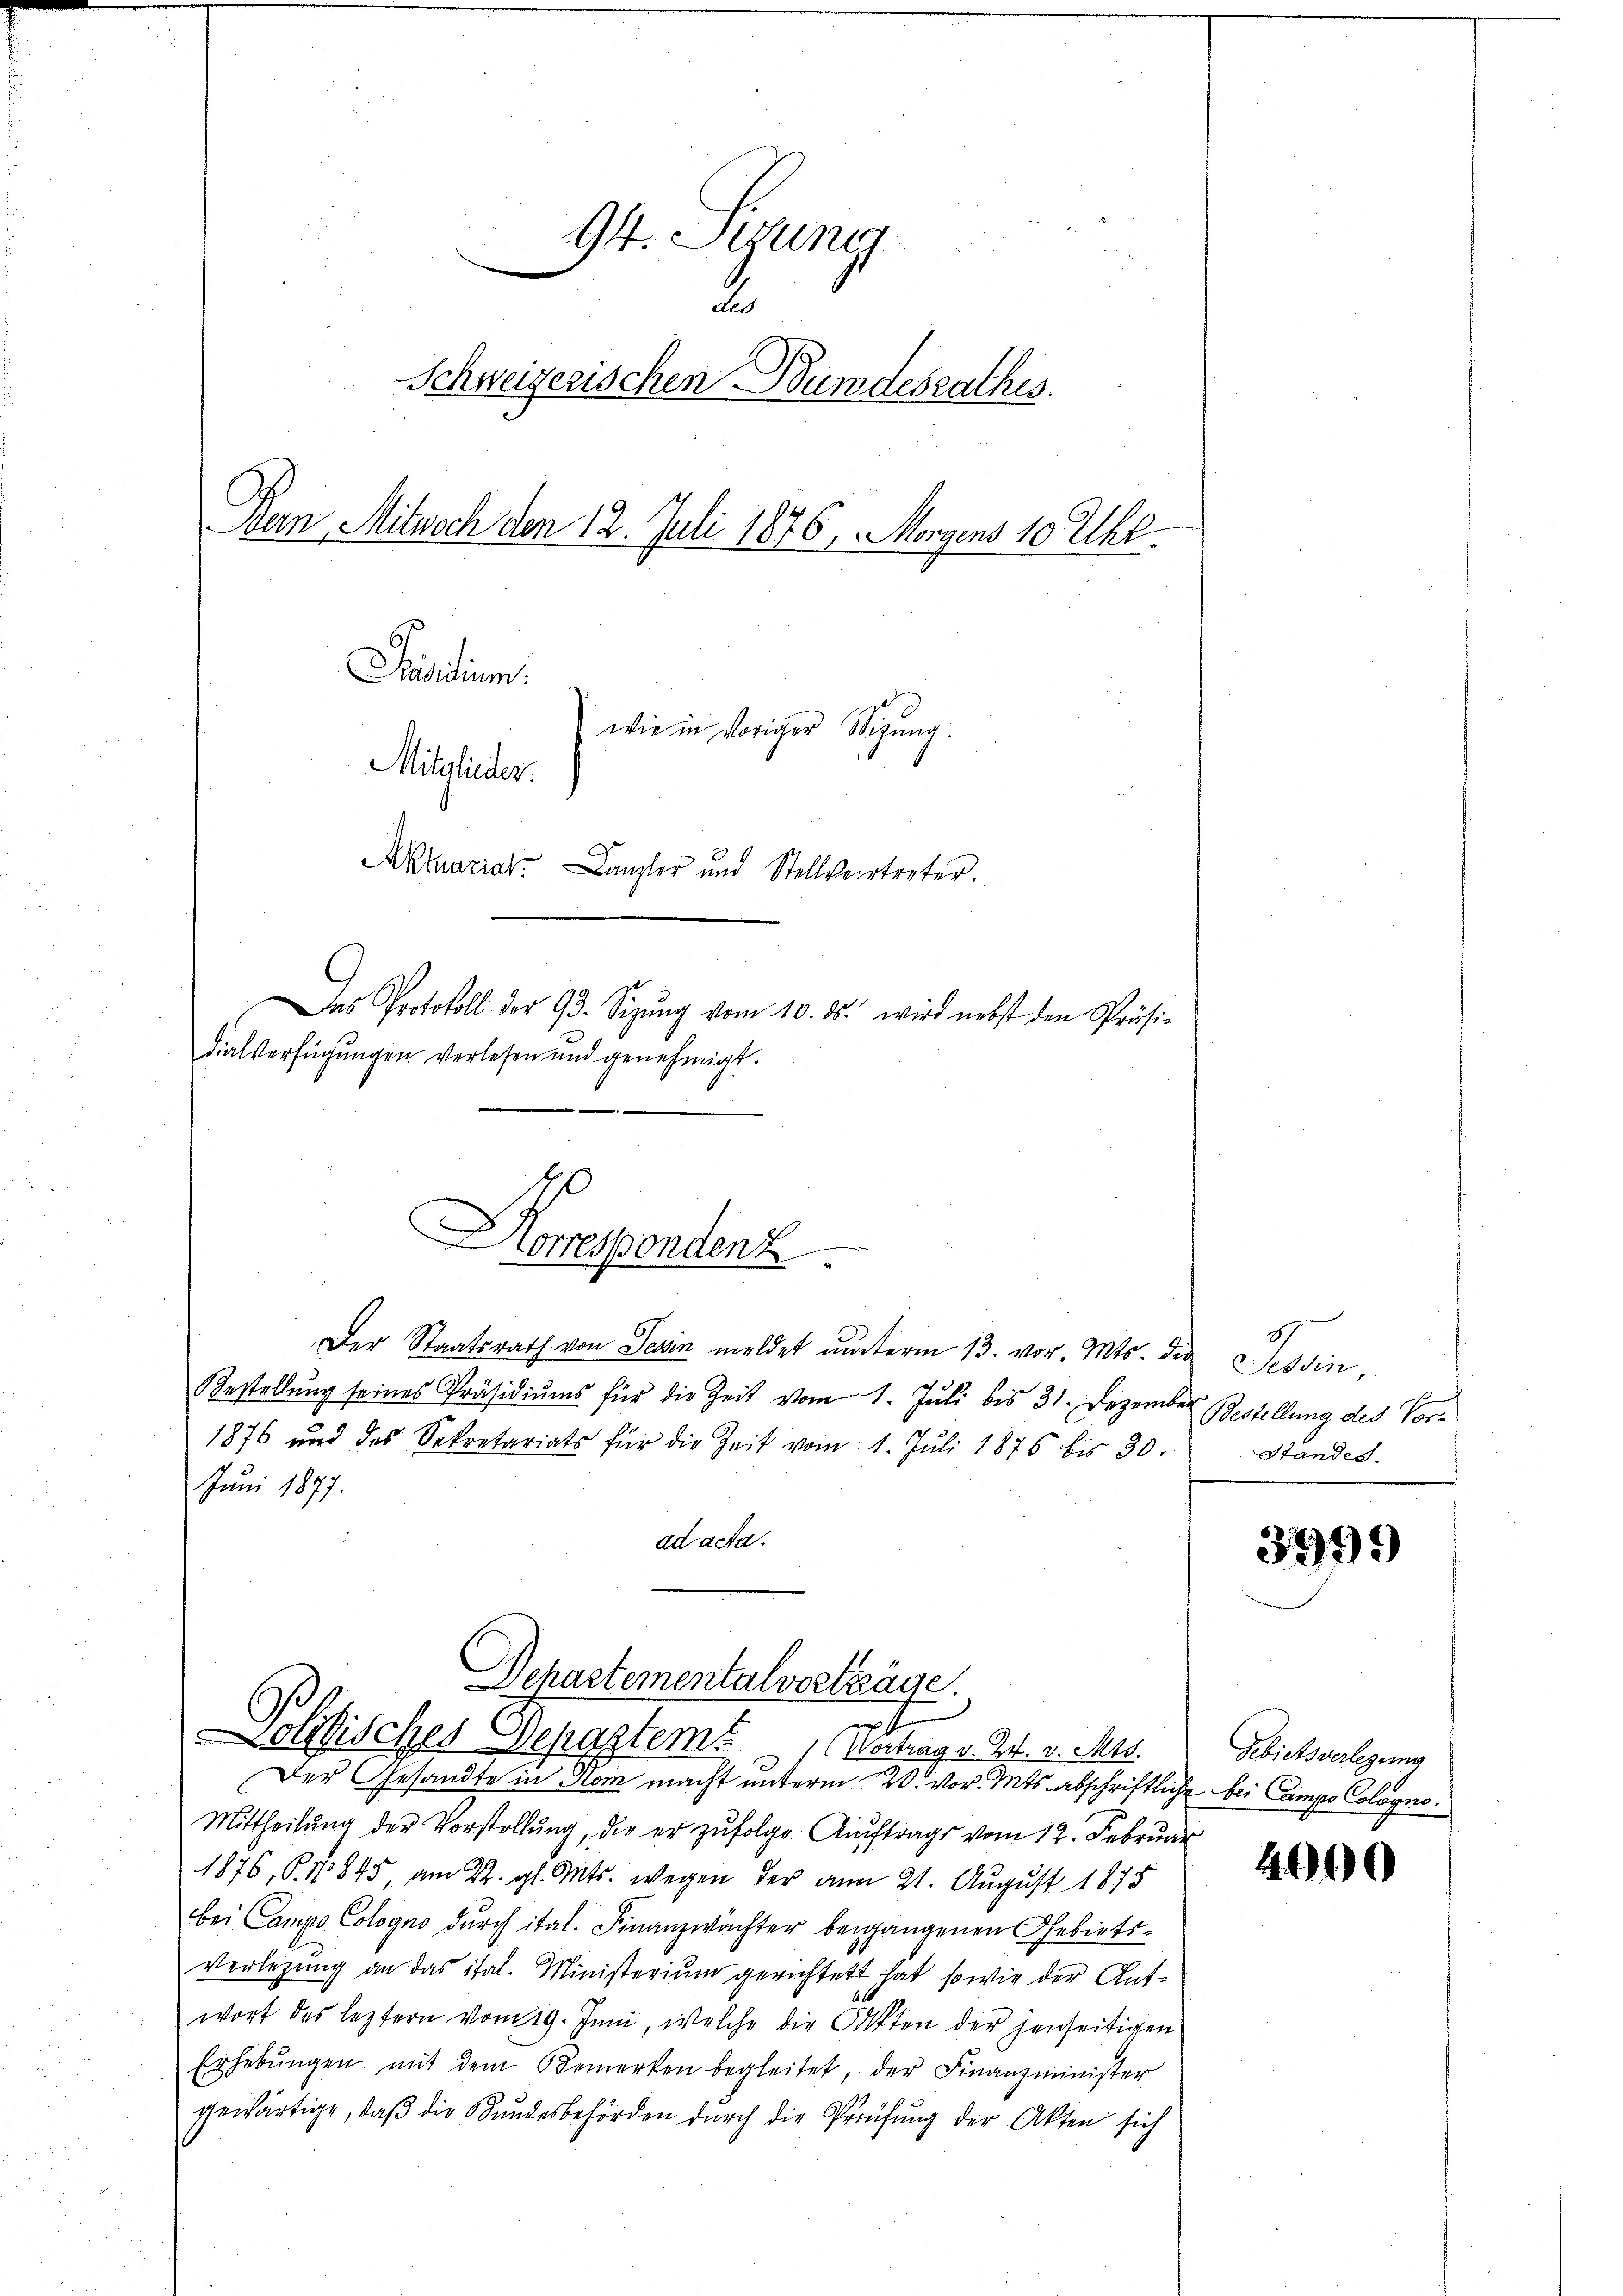
G. Sirung
.
.
Schweizerischen Bundesrathes.
Bern, Mitwoch den 12. Juli 1876, Morgens 10 Uhr.
Präsidium.
wie in voriger Sitzung.
Mitglieder.
Aktuariat. Canzler und Stellvertreter.
Das Protokoll der 93. Sizŭng vom 10. ds. wird nebst den Präsi-
dialverfügungen verlesen und genehmigt.

Der Staatsrath von Tessin meldet unterm 13. vor. Mts. die
Bestellŭng seines Präsidiŭms für die Zeit vom 1. Jŭli bis 31. Dezember Bestellung des Vor-
1876 und des Sekretariats für die Zeit vom 1. Jŭli 1876 bis 30.
Juni 1877.
ad acta.

0
Horrespondenz

Dehastementalvorträge.
Politischer Departem Vertrag v. Prof. v. Mts.

Der Gesandte in Rom macht unterm 20. vor. Mts. abschriftliche bei Campe Cologno.
Mittheilung der Vorstellung, die er zufolge Auftrags vom 12. Februar
1876, S. 11845, am 22. gl. Mts. wegen der am 21. August 1875
bei Campo Cologno durch ital. Finanzwächter beigangenen Gebiets¬
Verlegung an das ital. Ministerium gerichtet hat, sowie der Ant¬
4 x
wort des leztern vom 19. Juni, welche die Akten der jenseitigen
Erhebŭngen mit dem Bemerken begleitet, der Finanzminister
gewärtige, daß die Bundesbehörden durch die Prüfung der Akten sich

Sum.
Standes.

3999

Gebietsverlegung

4000